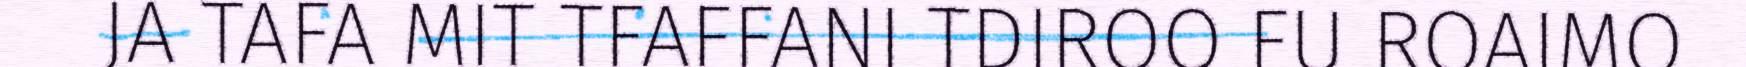
JA TAFA MIT TFAFFANI TDIROO FU ROAIMO